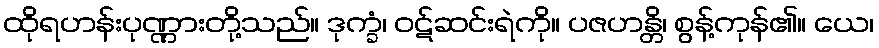
ထိုရဟန်းပုဏ္ဏားတို့သည်။ ဒုက္ခံ၊ ဝဋ်ဆင်းရဲကို။ ပဇဟန္တိ၊ စွန့်ကုန်၏။ ယေ၊